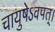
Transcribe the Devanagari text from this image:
चायुषेऽवपत्।